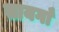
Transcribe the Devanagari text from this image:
सायगाँ